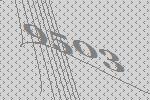
9503